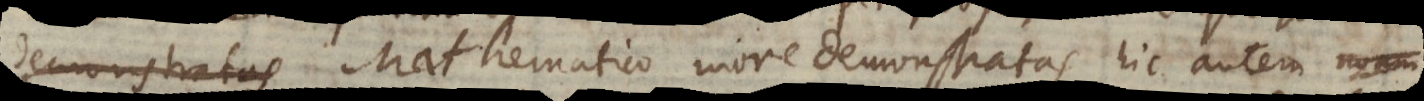
m Mathematico more demonstratas, hic autem